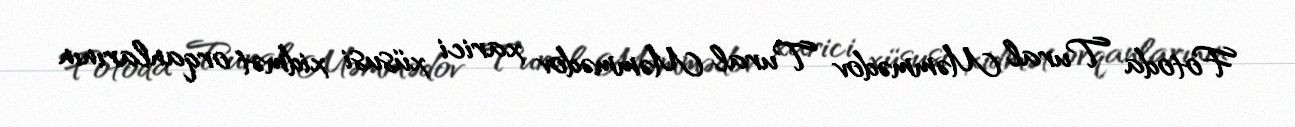
Fotoda Tural Məmmədov Tural Məmmədov xarici xüsusi xidmət orqanlarının